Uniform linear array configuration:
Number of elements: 64
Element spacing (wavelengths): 0.25
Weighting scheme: kaiser
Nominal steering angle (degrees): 60
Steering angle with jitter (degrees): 59.843
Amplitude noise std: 0.05
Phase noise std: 0.05

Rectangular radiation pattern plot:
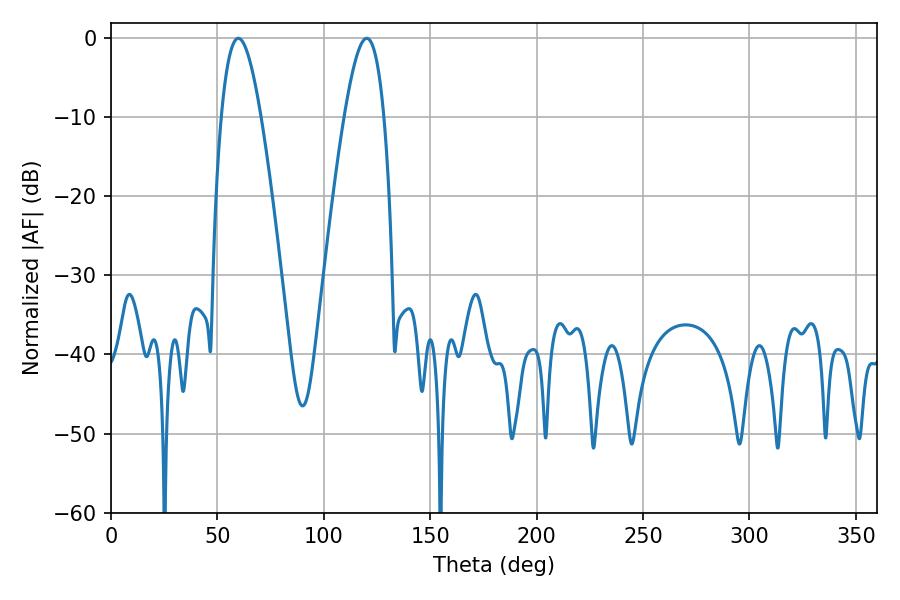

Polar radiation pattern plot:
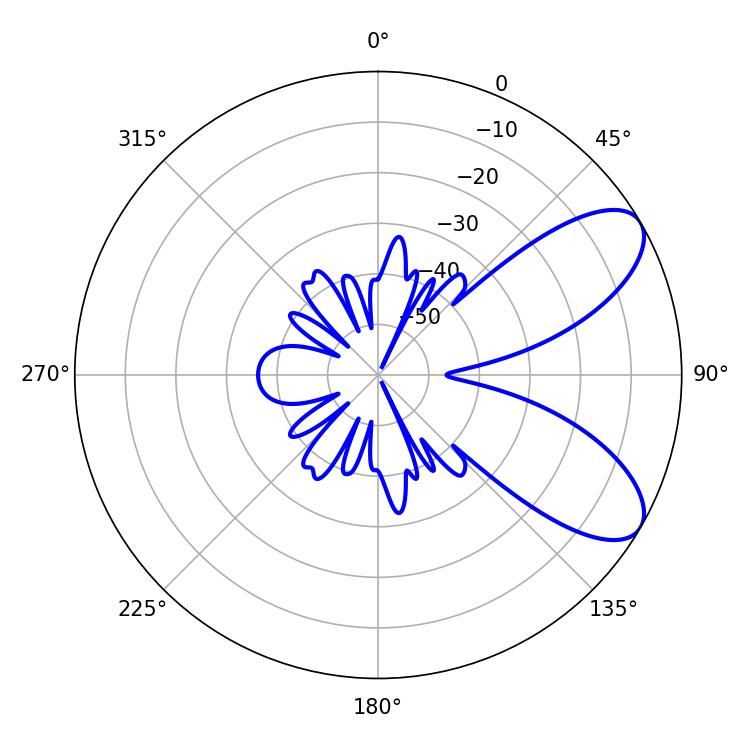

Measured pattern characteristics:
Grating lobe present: FALSE
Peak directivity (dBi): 7.793
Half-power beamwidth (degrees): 10.26
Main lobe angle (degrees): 59.76